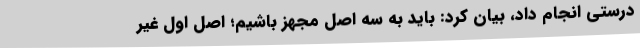
درستی انجام داد، بیان کرد: باید به سه اصل مجهز باشیم؛ اصل اول غیر